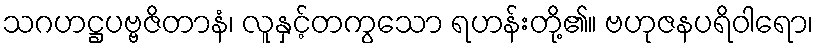
သဂဟဋ္ဌပဗ္ဗဇိတာနံ၊ လူနှင့်တကွသော ရဟန်းတို့၏။ ဗဟုဇနပရိဝါရော၊